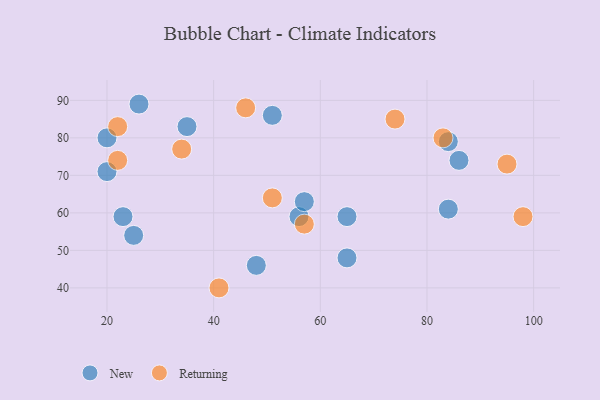
{"axis": {"x": "GDP", "y": "Life Expectancy"}, "legend": ["New", "Returning"], "data": [{"x": "48", "y": 46, "type": "New"}, {"x": "65", "y": 48, "type": "New"}, {"x": "23", "y": 59, "type": "New"}, {"x": "56", "y": 59, "type": "New"}, {"x": "84", "y": 61, "type": "New"}, {"x": "65", "y": 59, "type": "New"}, {"x": "51", "y": 86, "type": "New"}, {"x": "57", "y": 63, "type": "New"}, {"x": "84", "y": 79, "type": "New"}, {"x": "25", "y": 54, "type": "New"}, {"x": "20", "y": 71, "type": "New"}, {"x": "86", "y": 74, "type": "New"}, {"x": "26", "y": 89, "type": "New"}, {"x": "20", "y": 80, "type": "New"}, {"x": "35", "y": 83, "type": "New"}, {"x": "83", "y": 80, "type": "Returning"}, {"x": "74", "y": 85, "type": "Returning"}, {"x": "22", "y": 83, "type": "Returning"}, {"x": "41", "y": 40, "type": "Returning"}, {"x": "57", "y": 57, "type": "Returning"}, {"x": "34", "y": 77, "type": "Returning"}, {"x": "95", "y": 73, "type": "Returning"}, {"x": "51", "y": 64, "type": "Returning"}, {"x": "22", "y": 74, "type": "Returning"}, {"x": "98", "y": 59, "type": "Returning"}, {"x": "46", "y": 88, "type": "Returning"}]}